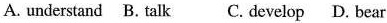
A. understand B. talk C. develop D. bear